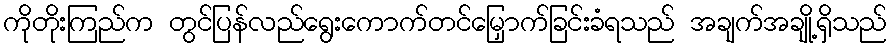
ကိုတိုးကြည်က တွင်ပြန်လည်ရွေးကောက်တင်မြှောက်ခြင်းခံရသည် အချက်အချို့ရှိသည်